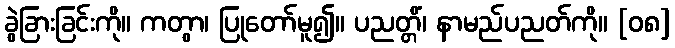
ခွဲခြားခြင်းကို။ ကတွာ၊ ပြုတော်မူ၍။ ပညတ္တိံ၊ နာမည်ပညတ်ကို။ [၀၈]